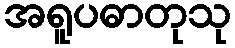
အရူပဓာတုသု